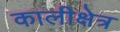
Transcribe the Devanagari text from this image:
कालीक्षेत्र